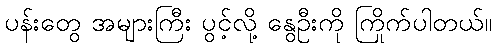
ပန်းတွေ အများကြီး ပွင့်လို့ နွေဦးကို ကြိုက်ပါတယ်။